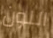
اللون